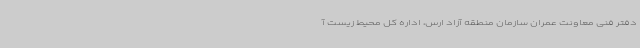
دفتر فنی معاونت عمران سازمان منطقه آزاد ارس، اداره کل محیط زیست آ